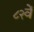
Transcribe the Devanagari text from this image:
८२वें